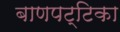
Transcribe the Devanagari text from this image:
बाणपट्टिका